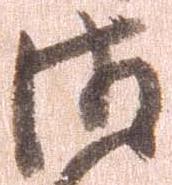
御